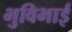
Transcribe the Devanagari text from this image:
भुविभाई